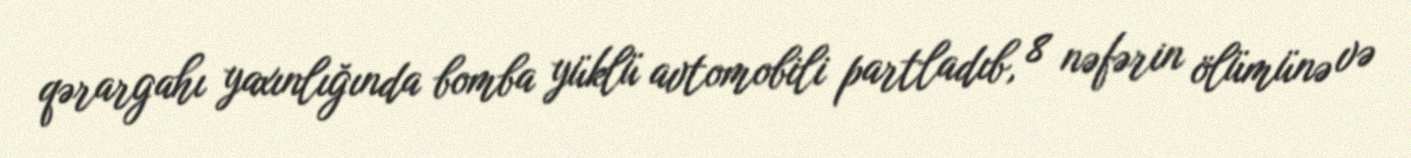
qərargahı yaxınlığında bomba yüklü avtomobili partladıb, 8 nəfərin ölümünə və